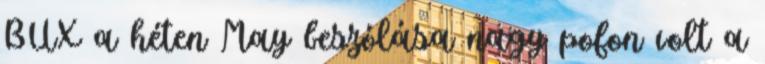
BUX a héten May beszólása nagy pofon volt a